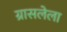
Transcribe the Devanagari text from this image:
ग्रासलेला